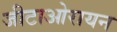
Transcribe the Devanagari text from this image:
जीटाओरायन